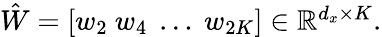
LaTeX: \begin{array}{r}{\hat{W}=[w_{2}\ w_{4}\ \dots\ w_{2K}]\in\mathbb{R}^{d_{x}\times K}.}\end{array}